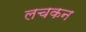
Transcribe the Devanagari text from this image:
लचकन